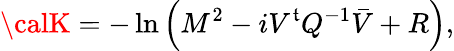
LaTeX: {\calK}=-\ln\left(M^{2}-iV^{\mathfrak{t}}{Q}^{-1}\bar{{V}}+R\right),